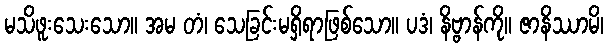
မသိဖူးသေးသော။ အမ တံ၊ သေခြင်းမရှိရာဖြစ်သော။ ပဒံ၊ နိဗ္ဗာန်ကို။ ဇာနိဿာမိ၊